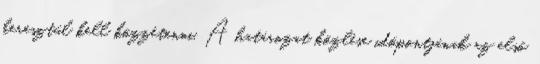
keresztül kell közzétenni. A határozat közlése időpontjának az első